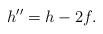
LaTeX: \begin{align*}h''=h-2f.\end{align*}